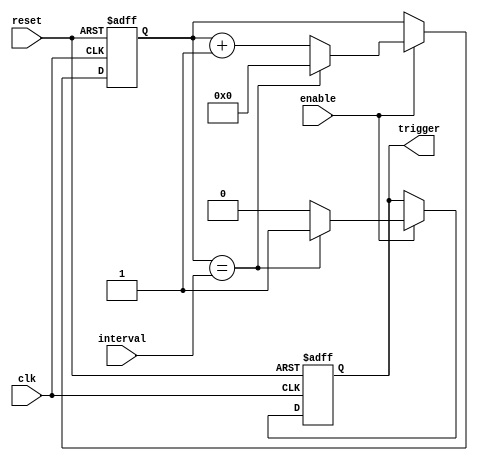
module IntervalTimer (
    input wire clk,
    input wire reset,
    input wire enable,
    input wire [31:0] interval,
    output reg trigger
);

reg [31:0] counter;

always @(posedge clk or posedge reset) begin
    if (reset) begin
        counter <= 32'h0;
        trigger <= 1'b0;
    end
    else if (enable) begin
        if (counter == interval) begin
            counter <= 32'h0;
            trigger <= 1'b1;
        end
        else begin
            counter <= counter + 1;
            trigger <= 1'b0;
        end
    end
end

endmodule